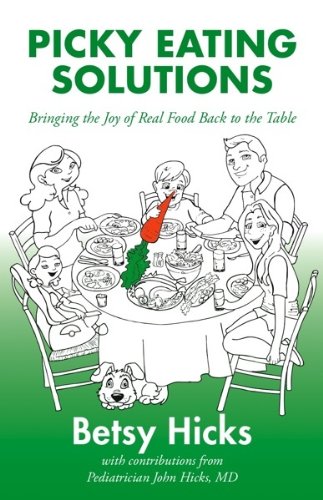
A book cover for Picky Eating Solutions; Betsy Hicks; Cookbooks, Food & Wine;